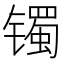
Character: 镯